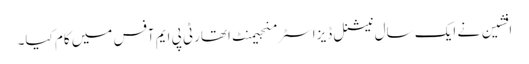
افشین نے ایک سال نیشنل ڈیزاسٹر منجیمنٹ اتھارٹی پی ایم آفس میں کام کیا۔